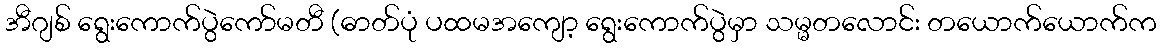
အီဂျစ် ရွေးကောက်ပွဲကော်မတီ (ဓာတ်ပုံ ပထမအကျော့ ရွေးကောက်ပွဲမှာ သမ္မတလောင်း တယောက်ယောက်က